Problem: 5 × 5 = ?
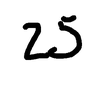
Handwritten answer: 25